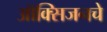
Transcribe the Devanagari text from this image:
ऑक्‍सिजनचे